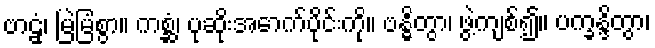
ဗာဠှံ၊ မြဲမြံစွာ။ ကစ္ဆံ၊ ပုဆိုးအောက်ပိုင်းကို။ ဗန္ဓိတွာ၊ ဖွဲ့ကျစ်၍။ ပက္ခန္ဒိတွာ၊